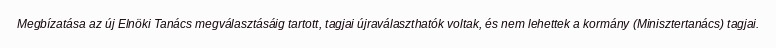
Megbízatása az új Elnöki Tanács megválasztásáig tartott, tagjai újraválaszthatók voltak, és nem lehettek a kormány (Minisztertanács) tagjai.